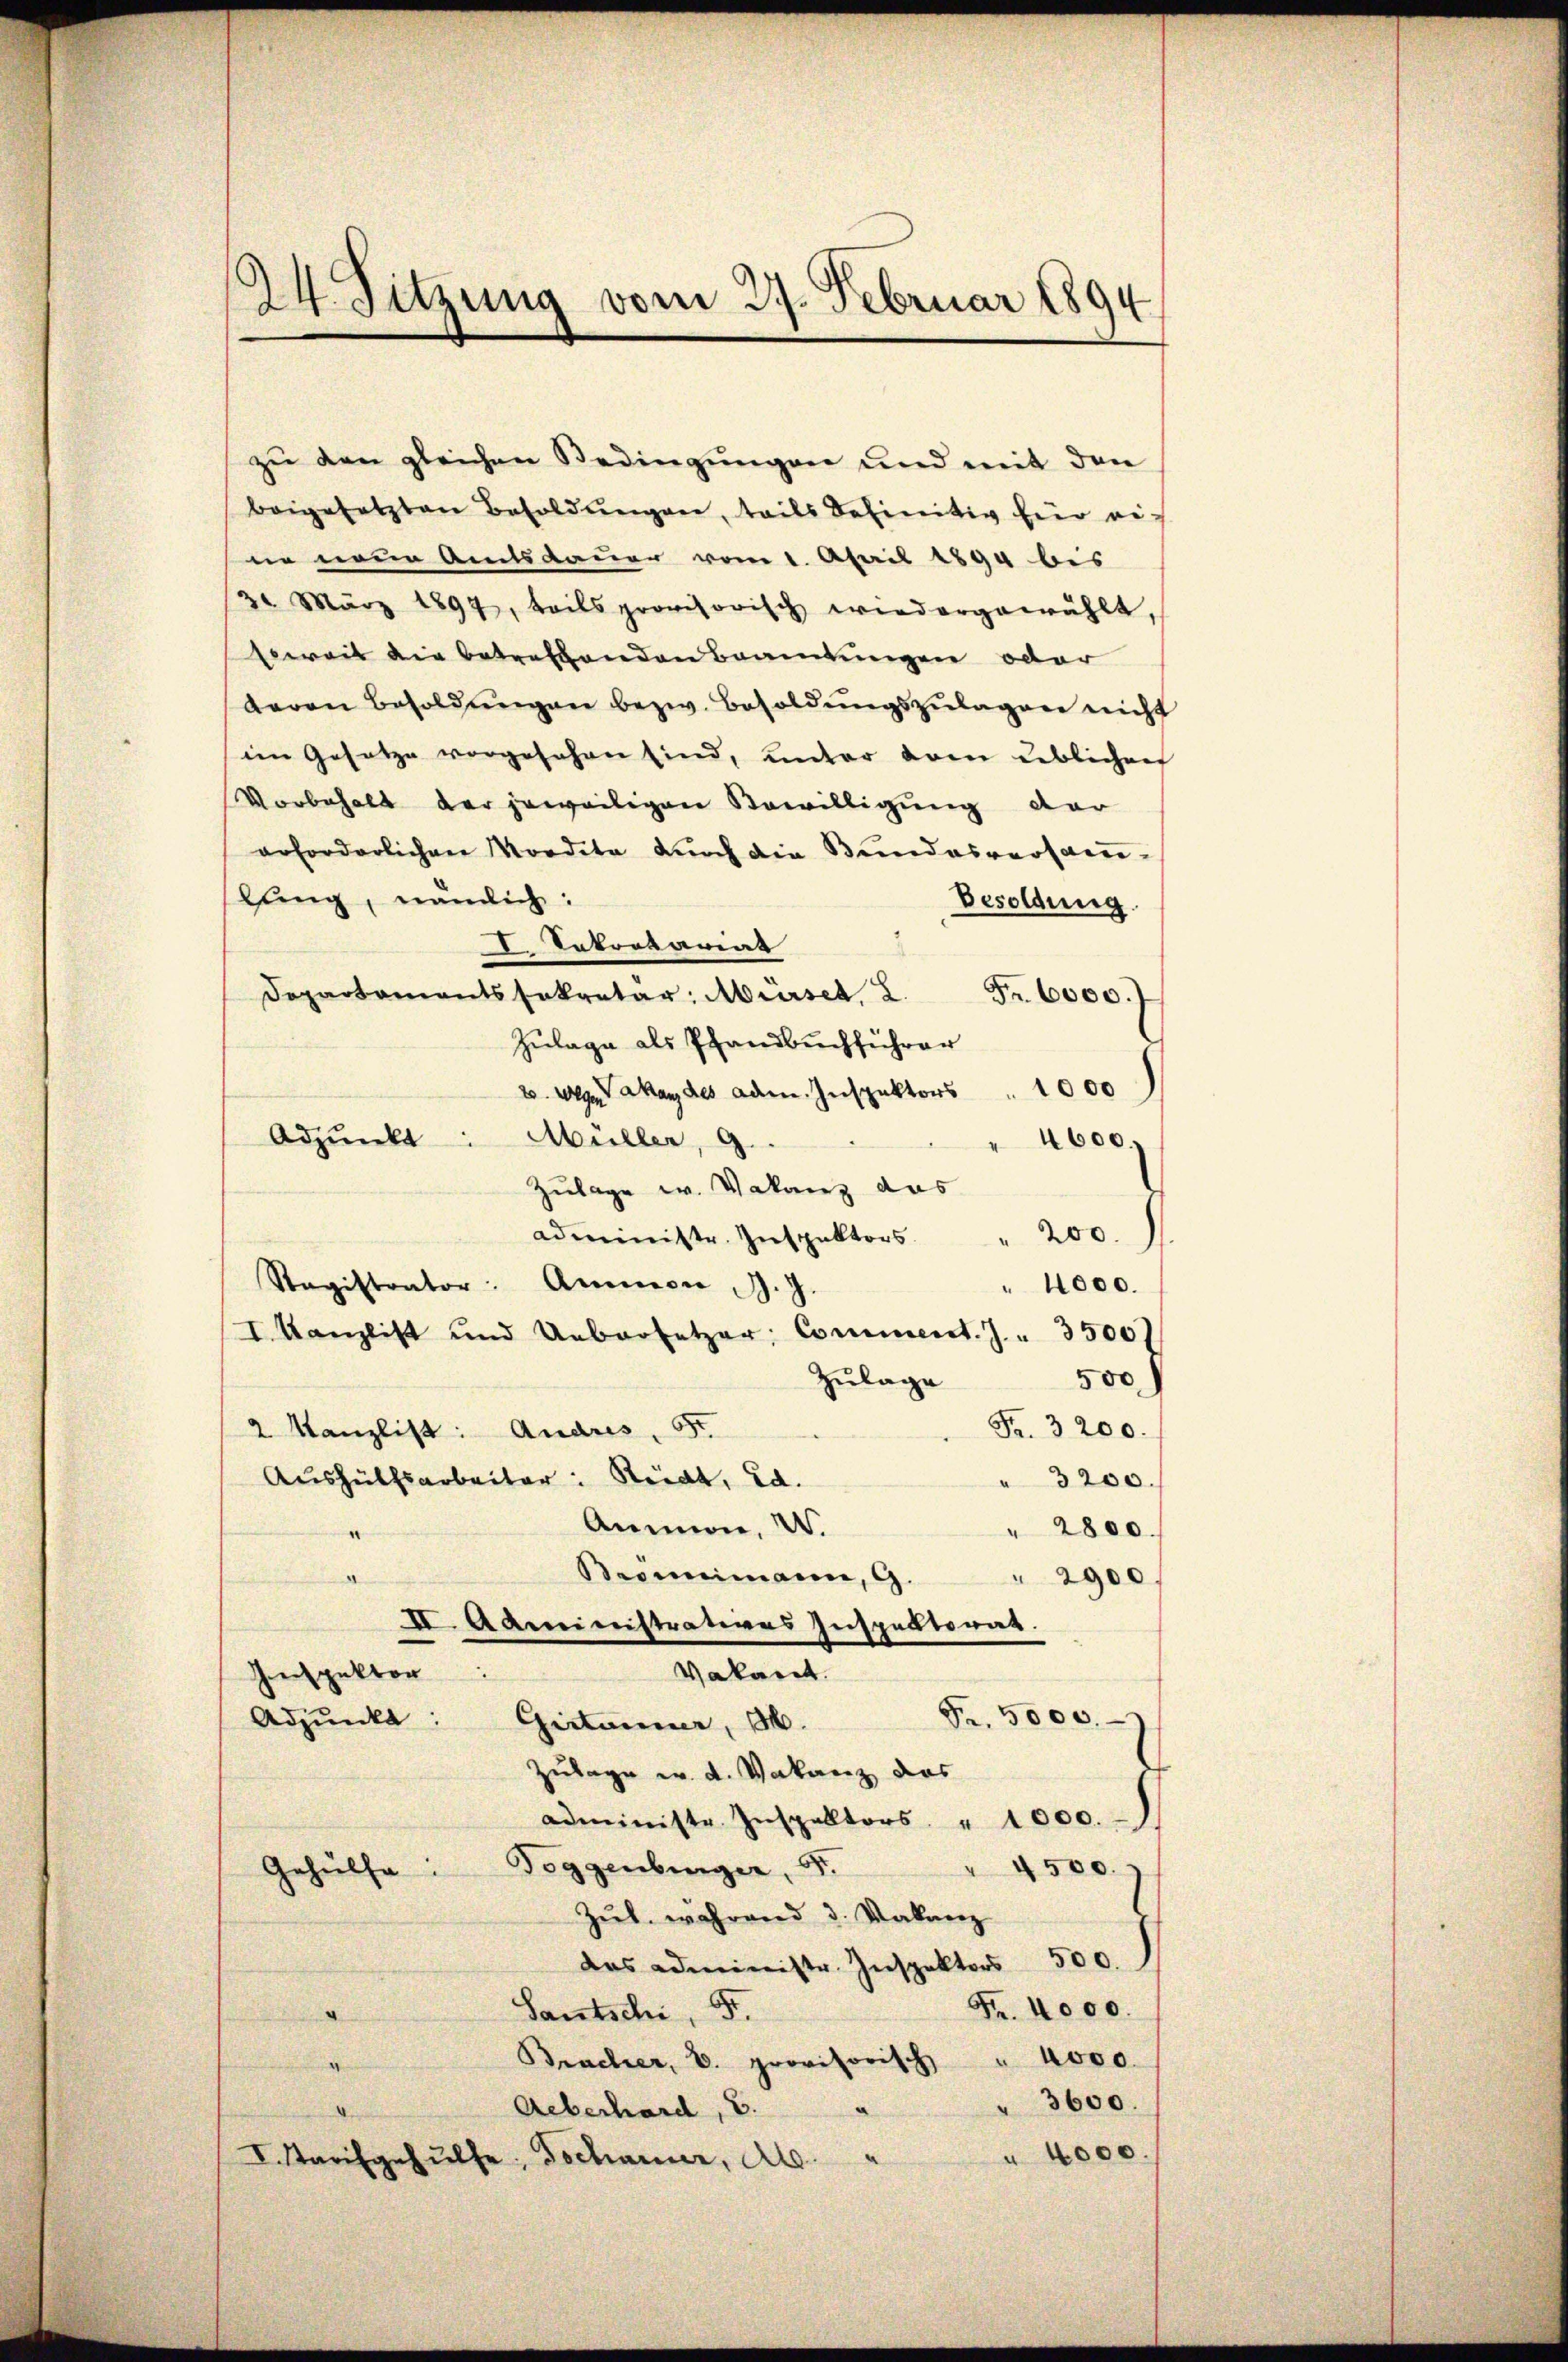
24. Sitzung vom 27. Februar 1894

zu den gleichen Bedingungen und mit den
beigesetzten Besoldŭngen, teils definitiv für ei-
ne neue Amtsdauer vom 1. April 1894 bis
3 März 1897, teils provisorisch wiedergewählt,
Erweit die betreffenden Beamtungen oder
davon Besoldŭngen bezw. Besoldŭngszŭlagen nicht
im Gesetze vorgesehen sind, unter dem Leblichen
Vorbehalt der jeweiligen Bewilligung der
erforderlichen Mordita durch die Bundesversamlŭng, nämlich:
Besoldung
. Entretariat
Departamentssekretär: Mürse, 2. Fr. 6000.
Zulage als Pfandbuchführer
2. weg. Man des adm. Inspektors " 1000
Adpŭnkt: Müller, 9.
4600,
Zulage w. Vakanz das
administr. Inspektors " 200.
Stagistrator: Annern J. J.
4000.
I Kanzlist und Uebersetzer, Comment. J. . 35007
Zulage
500)
Fr. 3200.
2 Kanzlist: Andres, St
Aushülfsarbeiter: Rüdt, Ed.
3200.
Ammon, W.
" 2800.
e
Bromimann, 9. " 2900
d
II. Administratives Inspektorat
Vakaret.
Genspektor
Fr. 5000.
Adjunkt: Girtainer, H.
Zulage w. d. Vakanz das
administr. Inspektors. " 1000.
Toggenburger, d.
500.
Gehülfe.
Zŭl. während 3. Vakanz
das administr. Inspektors 500.
Fr. 4000.
Sautschi, 5.
Bracher, V. provisorisch " 4000.
.
" 3600.
Aeberhard, E. "
" 4000.
I. Tarifgehülfe, Tochanner, Al.